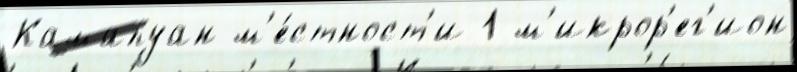
Камапуан м'е́стност'и 1 м'икрор'ег'ион